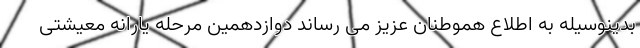
بدینوسیله به اطلاع هموطنان عزیز می رساند دوازدهمین مرحله یارانه معیشتی